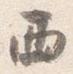
西